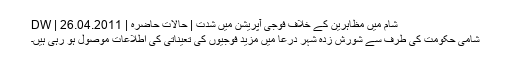
شام میں مظاہرین کے خلاف فوجی آپریشن میں شدت | حالات حاضرہ | DW | 26.04.2011
شامی حکومت کی طرف سے شورش زدہ شہر درعا میں مزید فوجیوں کی تعیناتی کی اطلاعات موصول ہو رہی ہیں۔